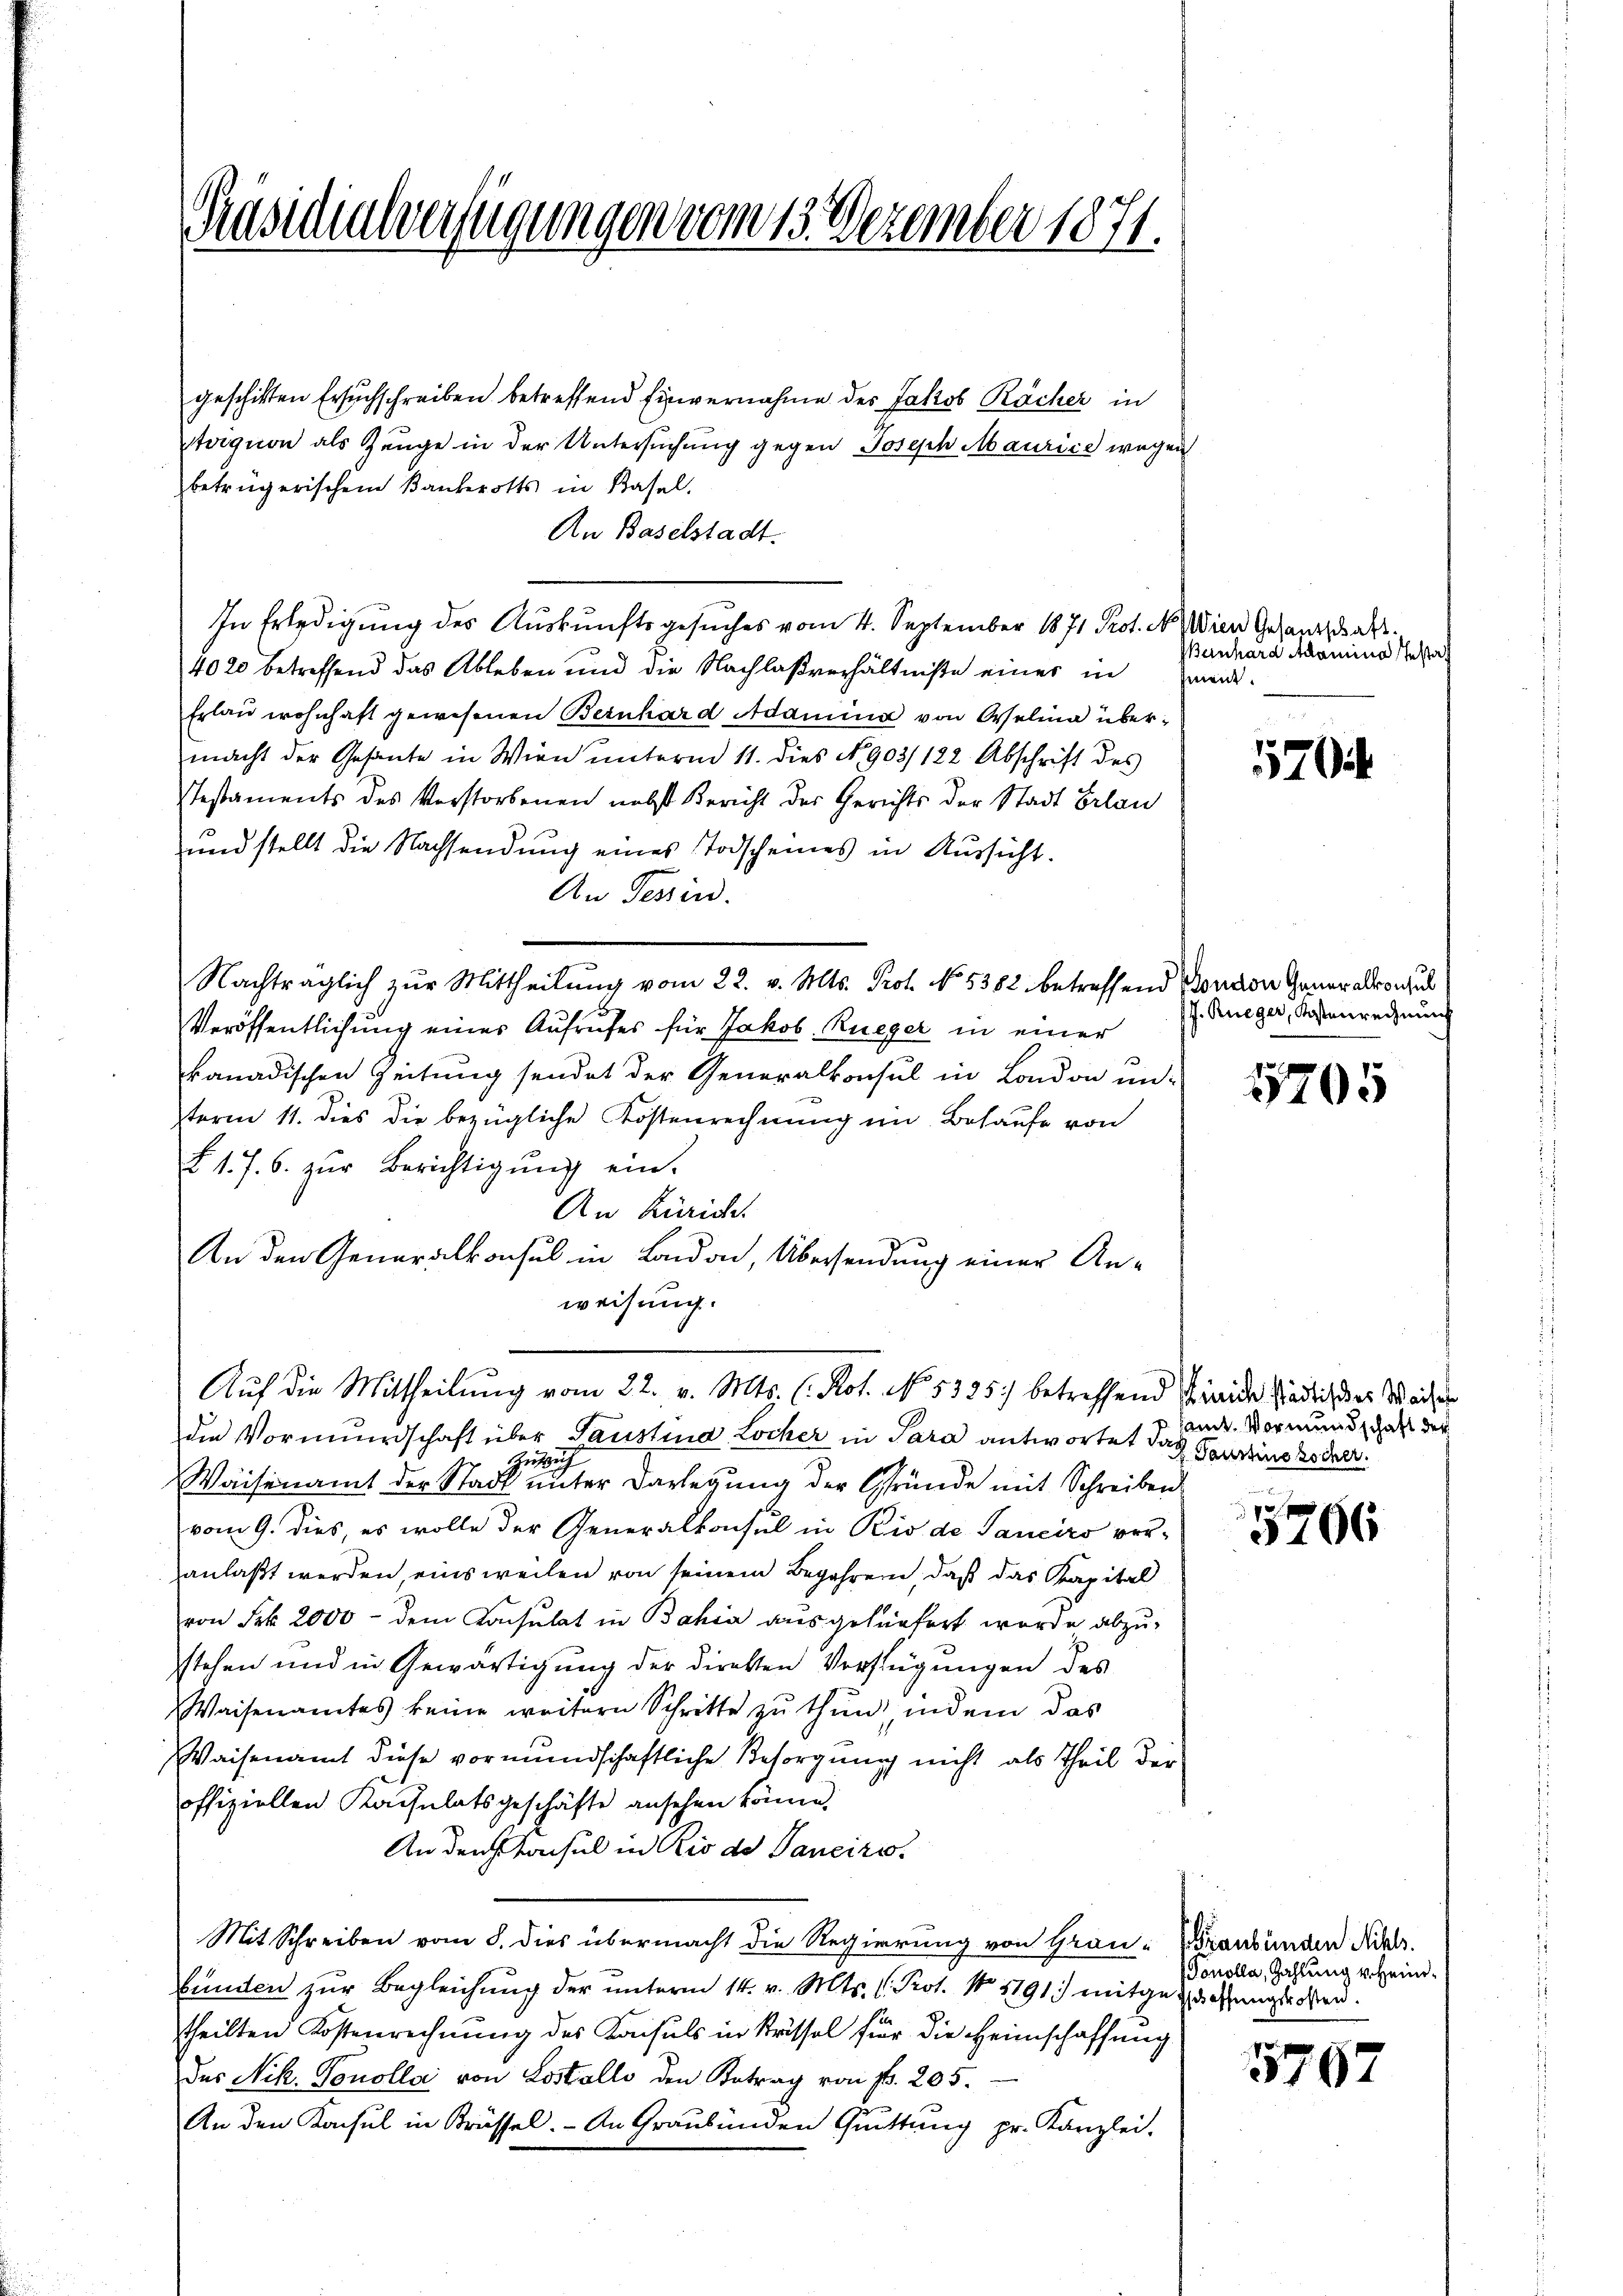
Präsidialverfügungen vom 13. Dezember 1871.

geschikten Ersuchschreiben betreffend Einvernahme des Jakob Rächer in
tagion als Zeuge in der Untersuchung gegen Joseph Maurice wegen
betrügerischem Bankerotts in Basel.
An Baselstadt.
In Erledigung des Auskunftsgesuches vom 4. September 1871 Prot. N. Wien Gesandschaft
4020 betreffend das Ableben und die Nachlaßverhältniße einer in werde.
Erlaŭ wohnhaft gewesenen Bernhard Adamina von Oelina übermacht der Gesante in Wien unterm 11. dies N. 903/122 Abschrift des
stestaments des Vorstorbenen nebst Bericht der Gerichts der Stadt Belan
und stellt die Nachsendung eines Todscheines in Aussicht.
An Tessin.
Nachträglich zur Mittheilung vom 22. v. Mts. Prof. No. 5382 betreffend Ponton Generalprocur
Veröffentlichung einer Aufrufes für Jakob Rüeger in einer
kanadischen Zeitung sendet der Generalkonsul in London un-
term 11. dies die bezügliche Kostenrechnung im Behaufe von
§ 1. 7. 6. zŭr Berichtigŭng ein.
An Zürich.
An den Generalkonsul in London, Übersendung einer Anweisung.
Auf die Mittheilung vom 22. v. Mts. (Rot. No. 5325) betreffend Kinde siedlich des Waiser
den Vormundschaft über Taustina, Locher in Sara antwortet das Pauline Rodelt.
Zusich
Waisenamt der Stadt unter Darlegung der Gründe mit Schreiben
vom 9. dies, es wolle der Generalkonsul in Rio de Saneiro ver-
anlaßt werden, einsweilen von seinem Begehren, daß das Kapital
von Frk. 2000 - dem Konsulat in Bahia ausgefünfert wurde abzustehen und in Gewärtigung der Direkten Verfügungen des
Waisenamtes keine weitern Schritte zŭ thŭn indem das
Waisenamt diese vormundschaftliche Besorgung nicht als Theil der
offiziellen Kausulatsgeschäfte ansehen könne.
An den Konsul in Rio de Sancirs.
Mit Schreiben vom 8. dies übermacht die Regierung von Grau-
bunden zur Begleichung der unterm 14. v. Mts. 1. Prot. No 1791 mitgeziehungssoren.
theilten Kostenrechnung des Konsuls in Krissel für die Heimschaffung
das Nik. Venolla von Lostallo den Betrag von fr. 205.
An den Konsul in Brüssel. - An Graubünden Quittung pr. Kanzlei-

Bernhard Adamina Testa

70

J. Rüeger, Kostenrechnung

5705

samt. Vormundschaft der

8 x
5266

Graubünden Sihls.
Donolla, Zahlung v. Heinr¬

5767